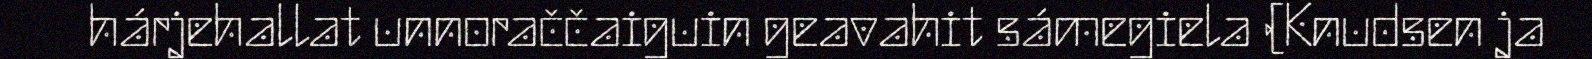
hárjehallat unnoraččaiguin geavahit sámegiela (Knudsen ja